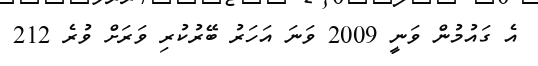
އެ ގައުމުން ވަނީ 2009 ވަނަ އަހަރު ބޭރުކުރި ވަރަށް ވުރެ 212